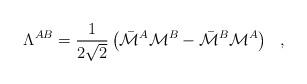
LaTeX: \begin{align*}\Lambda^{AB}={1\over{2\sqrt{2}}}\left(\bar{\cal M}^A{\cal M}^B - \bar{\cal M}^B{\cal M}^A\right)~~,\end{align*}